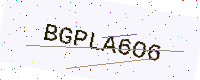
Text: BGPLA6O6